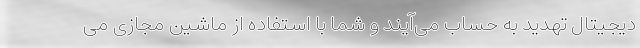
دیجیتال تهدید به حساب می‌آیند و شما با استفاده از ماشین مجازی می‌